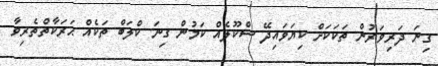
ގިނަ ދަރިވަރުން ތަކަކަށް ކިޔަވައިދޭ ސްކޫލެއް ކަމުން ގިނަ ކްލަބް ތަކެއް ޙަރަކާތްތެރިވާ